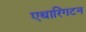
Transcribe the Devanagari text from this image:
एथारिंगटन